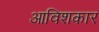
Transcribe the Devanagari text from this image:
आविशकार